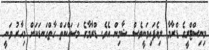
މިނިސްޓްރީގެ ޑްރާމާ ލިޔެފައިވަނީވެސް ޝާމިން އެވެ. ޑްރާމާގެ މަސައްކަތް ގާތްގަނޑަކަށް މިހާރު ވަނީ